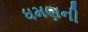
ધમણની